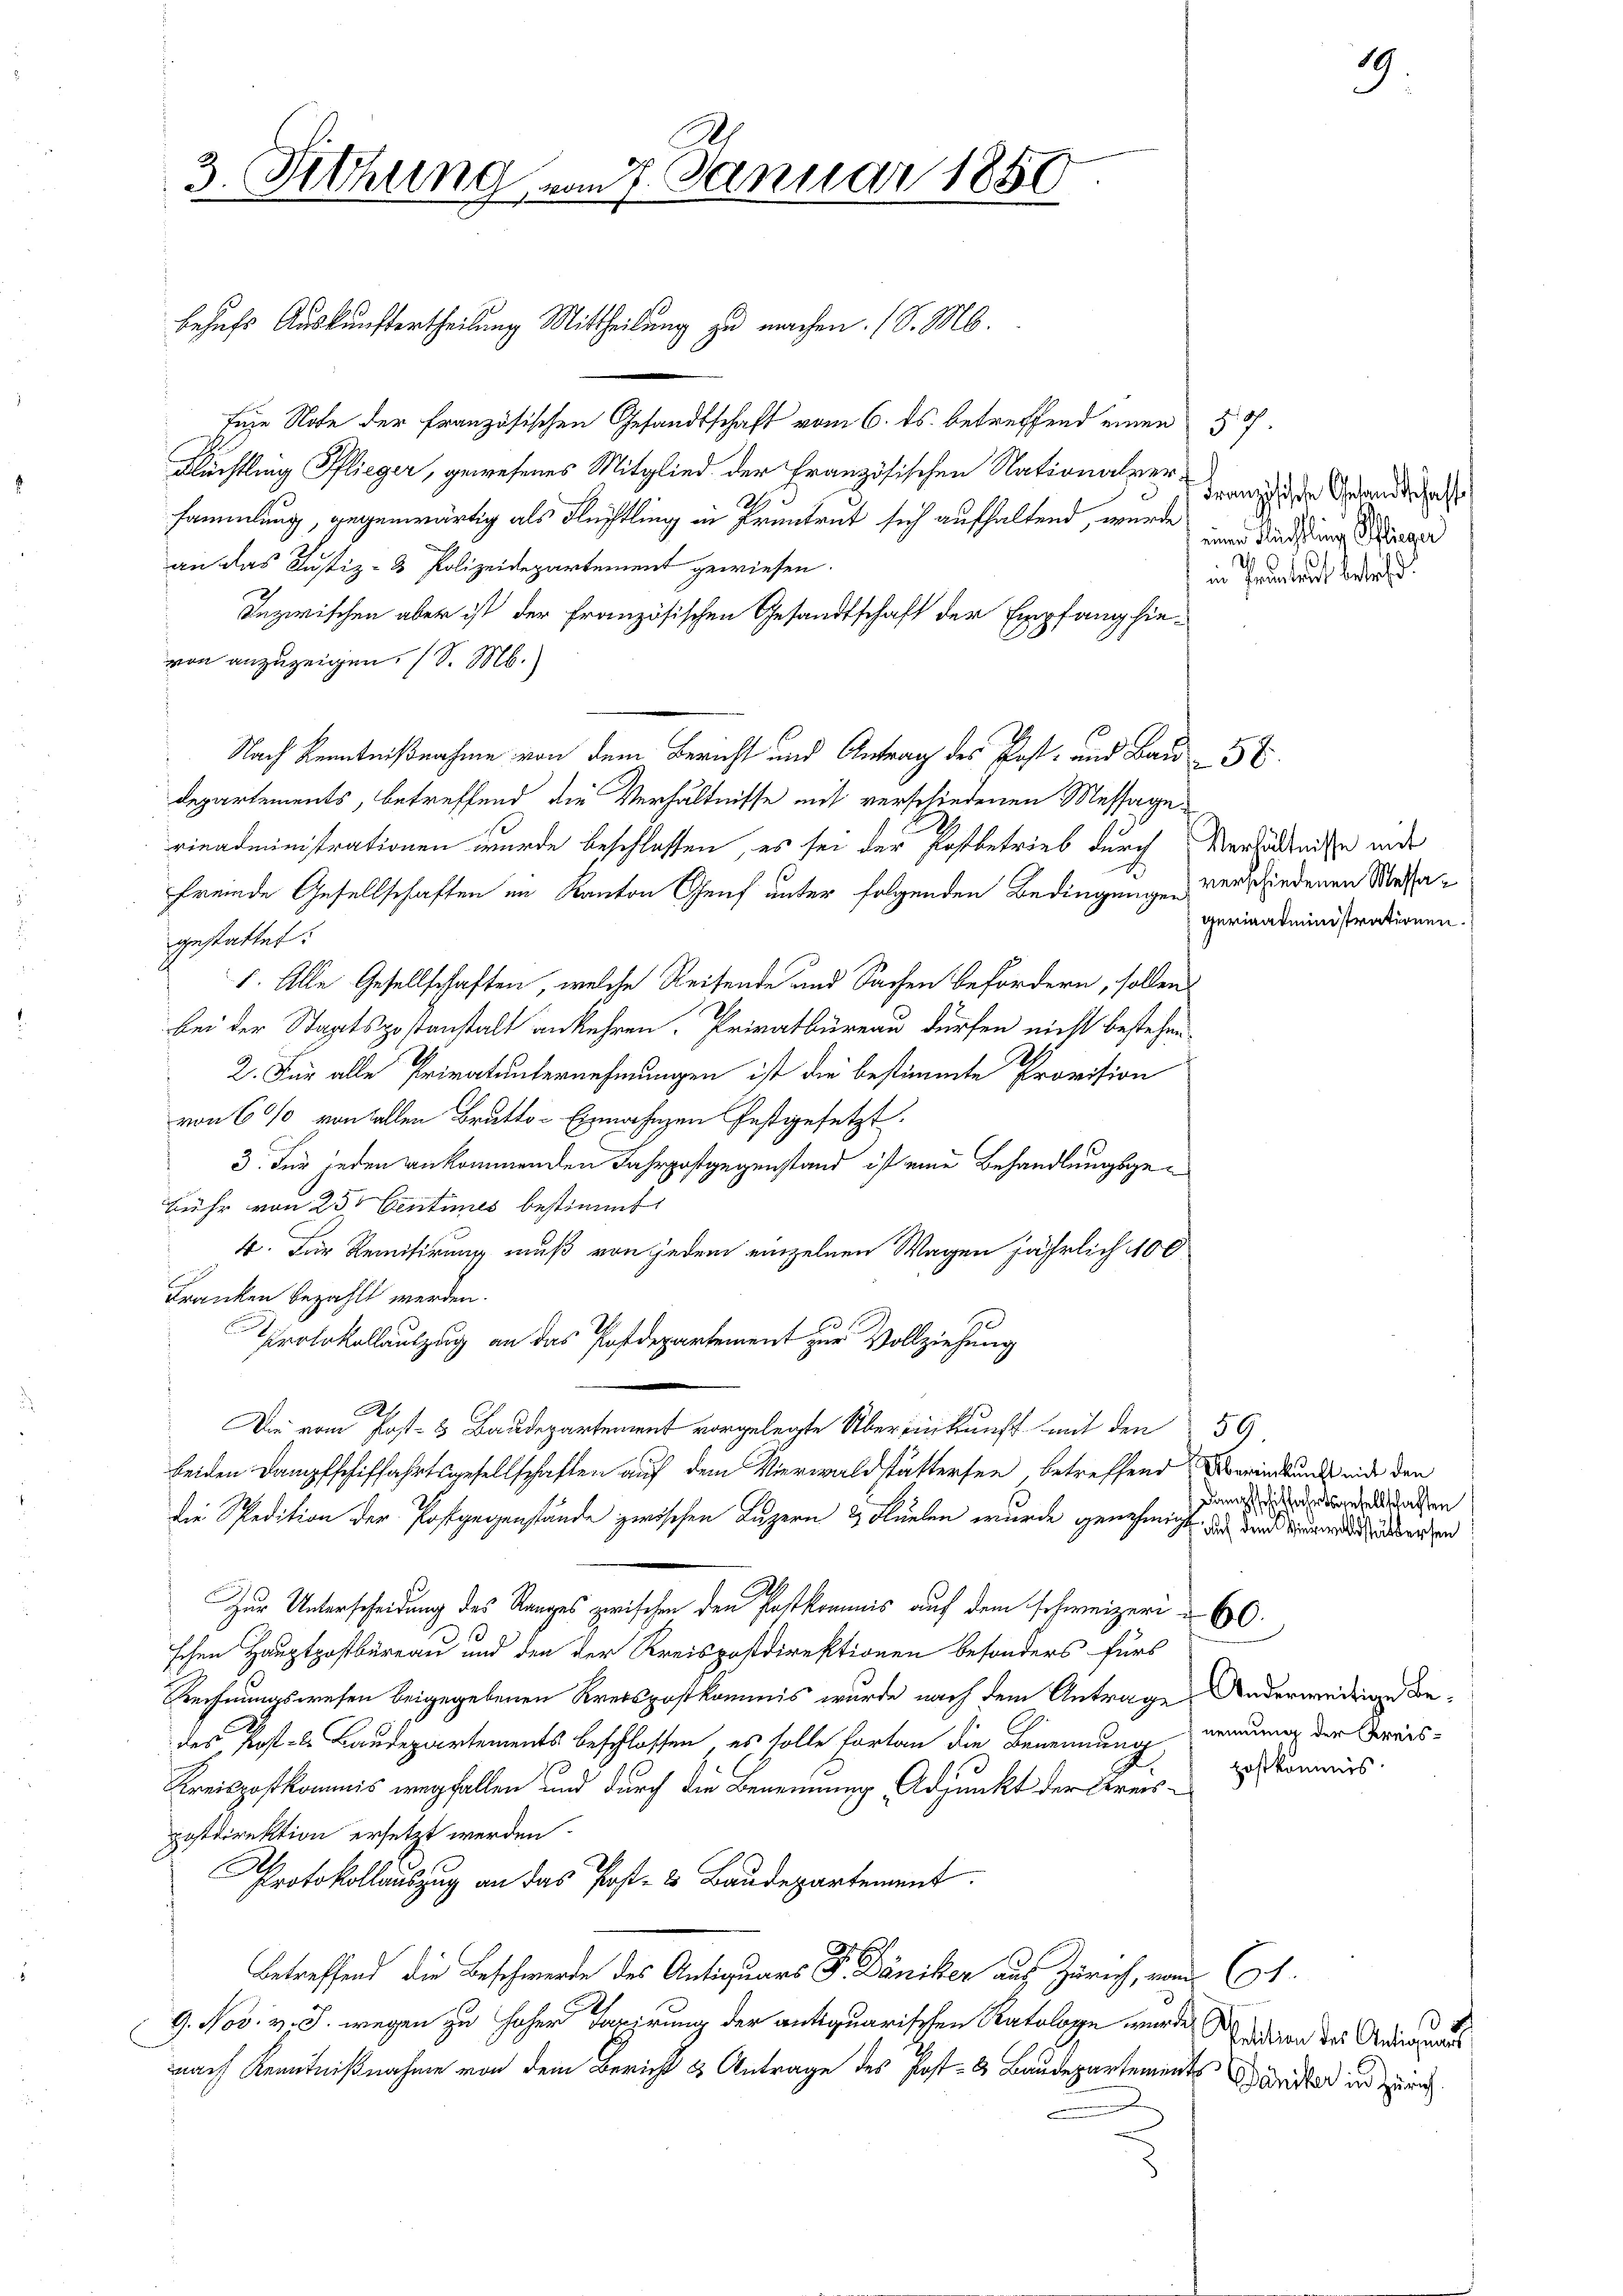
3. Sitzung von 7. Januar 1850

Eine Note der Französischen Gesandtschaft vom 6. ds. betreffend einen 30.
Flüchtling Pflieger, gewesenes Mitglied der Französischen Nationalversammlung, gegenwärtig als Flechtling in Prentrut sich aufhaltend, wurde im Sandlung der
an das Justiz- & Polizeidepartement gewiesen.
Inzwischen aber ist der französischen Gesandtschaft der Empfang hievon anzuzeigen. (S. M.
Nach Kenntnißnahme von dem Bericht und Antrag des Post- und Bau 5.
departements, betreffend die Verhältnisse mit verschiedenen Messagerinadministrationen wurde beschlossen, es sei der Postbetrieb durch Verhältnisse mit
fremde Gesellschaften im Kanton Genf unter folgenden Bedingungen verschiedenen Massagestattet.
1. Alle Gesellschaften, welche Reisende und Sachen befördern, sollen
bei der Staatspostanstalt ankehren. Privatbüreau dürfen nicht bestehen¬
2. Für alle Privatunternehmungen ist die bestimmte Provision
von 6% von fallen Brutto-Einnahmen festgesetzt
3. Für jeden ankommenden Fahrpostgegenstand ist eine Behandlungsgebühr von 25 Centimes bestimmt.
4. Für Remitirung muß von jedem einzelnen Wagen jährlich 400
Franken bezahlt werden.
Protokollauszug an das Postdepartement zur Vollziehung
21.
Die vom Post- & Baudepartement vorgelegte Übereinkunft mit den 59
beiden Dampfschiffahrtsgesellschaften auf dem Vierwaldstättersen betreffend erindung mit den
die Spedition der Postgegenstände zwischen Luzern & Flüelen wurde genehmigt, das Kinde deren
Zur Unterscheidung des Ranges zwischen den Postkommis auf dem schweizeri
schen Hauptpostbüreau und den der Kreispostdirektionen besonders fürs
Rechnungswesen beigegebenen Kreispostkommis wurde nach dem Antrage Anderweitige Bedes Post- u Baudepartements beschlossen, es solle fortan die Benennung nennung der Kreis¬
Kreispostkommnis wegfallen und durch die Benennung, Adjunkt der Kreispostdirektion ersetzt werden.
Protokollauszug an das Post- & Baudepartement
betreffend die Beschwerde des Antiquars P. Däniker aus Zürich, vom 10t.
.
9. Nov. v. J. wegen zu hoher Taxirung der antiquarischen Ratologe wurde saition der Andriannes
nach Kenntnißnahme von dem Bericht & Antrage des Post- & Baudepartements Bander und zur
n

behufs Auskunftertheilung Mittheilung zu machen. (S. M.

Franzische Gesandtschaffe
in Prantricht betrefd.

gerinadministrationen.

Dampfschiffahrtsgesellschaften

postkommis